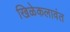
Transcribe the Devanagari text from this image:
खिळेकलावंत